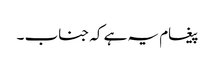
پیغام یہ ہے کہ جناب ۔